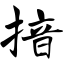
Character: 揞